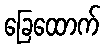
ခြေထောက်